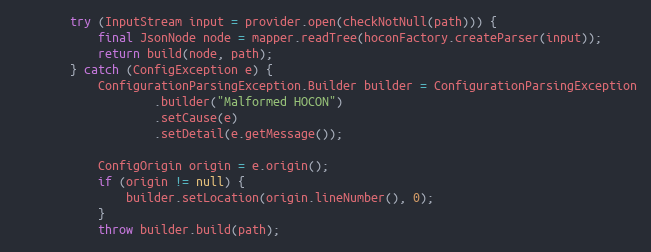
Language: Java
        try (InputStream input = provider.open(checkNotNull(path))) {
            final JsonNode node = mapper.readTree(hoconFactory.createParser(input));
            return build(node, path);
        } catch (ConfigException e) {
            ConfigurationParsingException.Builder builder = ConfigurationParsingException
                    .builder("Malformed HOCON")
                    .setCause(e)
                    .setDetail(e.getMessage());

            ConfigOrigin origin = e.origin();
            if (origin != null) {
                builder.setLocation(origin.lineNumber(), 0);
            }
            throw builder.build(path);